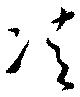
凊